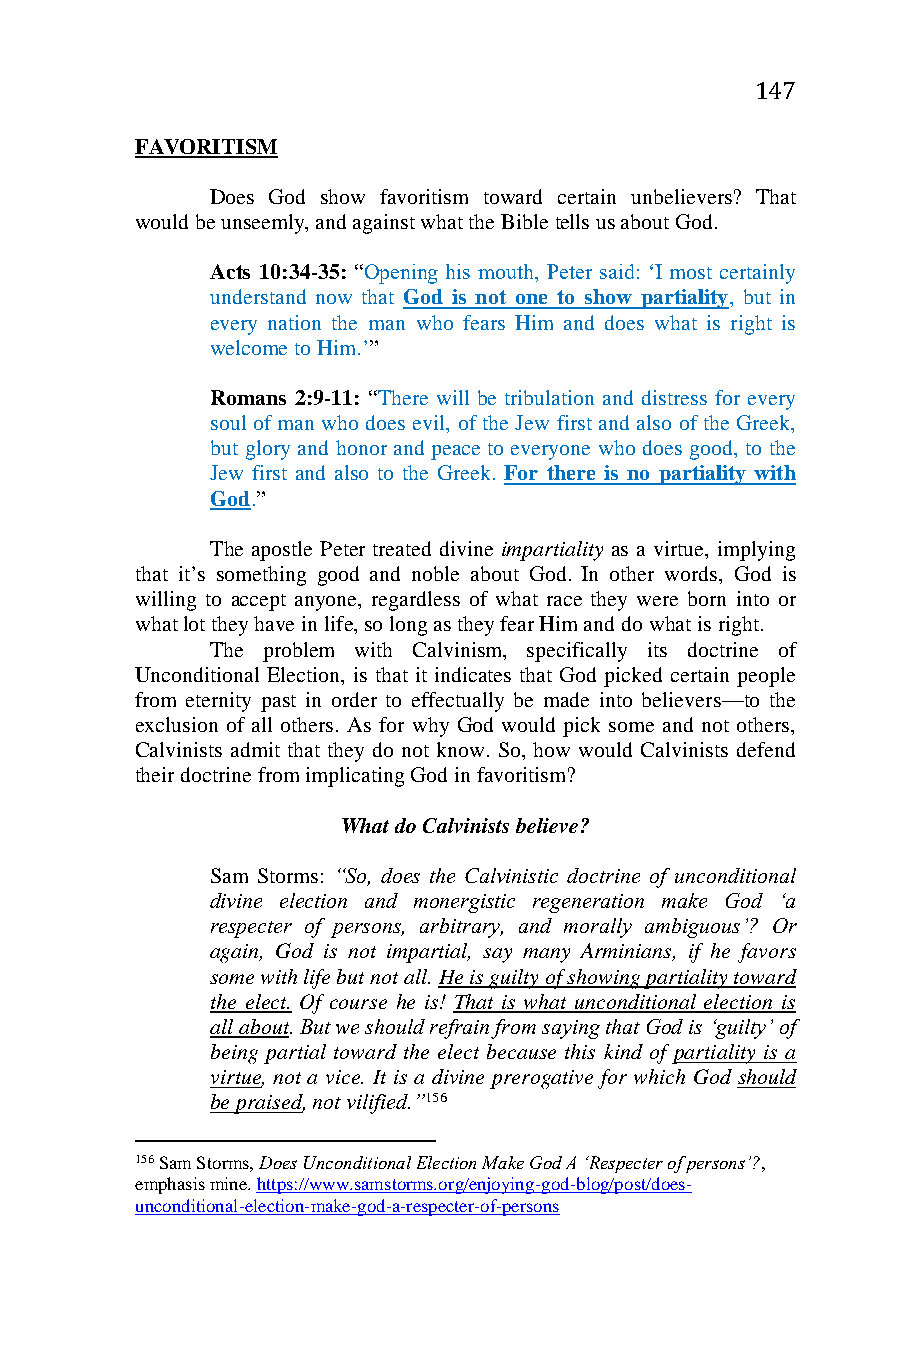
147
 FAVORITISM
 Does God show favoritism toward certain unbelievers? That
 would be unseemly, and against what the Bible tells us about God.
 Acts 10:34-35: “Opening his mouth, Peter said: ‘I most certainly
 understand now that God is not one to show partiality, but in
 every nation the man who fears Him and does what is right is
 welcome to Him.’”
 Romans 2:9-11: “There will be tribulation and distress for every
 soul of man who does evil, of the Jew first and also of the Greek,
 but glory and honor and peace to everyone who does good, to the
 Jew first and also to the Greek. For there is no partiality with
 God.”
 The apostle Peter treated divine impartiality as a virtue, implying
 that it’s something good and noble about God. In other words, God is
 willing to accept anyone, regardless of what race they were born into or
 what lot they have in life, so long as they fear Him and do what is right.
 The problem with Calvinism, specifically its doctrine of
 Unconditional Election, is that it indicates that God picked certain people
 from eternity past in order to effectually be made into believers—to the
 exclusion of all others. As for why God would pick some and not others,
 Calvinists admit that they do not know. So, how would Calvinists defend
 their doctrine from implicating God in favoritism?
 What do Calvinists believe?
 Sam Storms: “So, does the Calvinistic doctrine of unconditional
 divine election and monergistic regeneration make God ‘a
 respecter of persons, arbitrary, and morally ambiguous’? Or
 again, God is not impartial, say many Arminians, if he favors
 some with life but not all. He is guilty of showing partiality toward
 the elect. Of course he is! That is what unconditional election is
 all about. But we should refrain from saying that God is ‘guilty’ of
 being partial toward the elect because this kind of partiality is a
 virtue, not a vice. It is a divine prerogative for which God should
 be praised, not vilified.”156
 156 Sam Storms, Does Unconditional Election Make God A ‘Respecter of persons’?,
 emphasis mine. https://www.samstorms.org/enjoying-god-blog/post/does-
 unconditional-election-make-god-a-respecter-of-persons